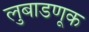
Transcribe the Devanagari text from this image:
लुबाडणूक